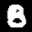
Label: 8